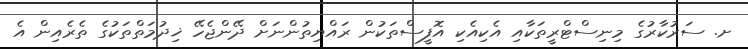
ށ. ސަރުކާރުގެ މިނިސްޓްރީތަކާއި އެކިއެކި އޮފީސްތަކުން ރައްޔިތުންނަށް ދޭންޖެހޭ ޚިދުމަތްތަކުގެ ތެރެއިން އެ